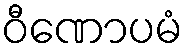
ဝီဏောပမံ